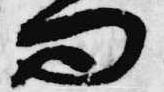
問